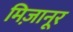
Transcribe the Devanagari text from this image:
मिज़ानूर